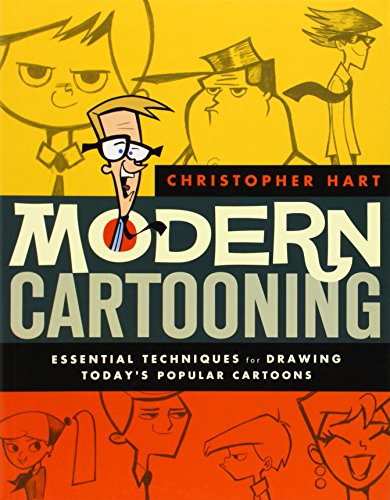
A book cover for Modern Cartooning: Essential Techniques for Drawing Today's Popular Cartoons; Christopher Hart; Comics & Graphic Novels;